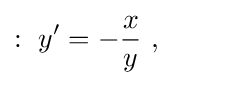
:\ y'=-{\frac {x}{y}}\ ,\qquad